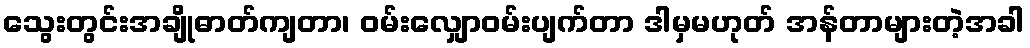
သွေးတွင်းအချိုဓာတ်ကျတာ၊ ၀မ်းလျှော၀မ်းပျက်တာ ဒါမှမဟုတ် အန်တာများတဲ့အခါ